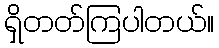
ရှိတတ်ကြပါတယ်။